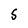
Character: 5